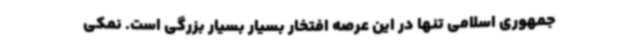
جمهوری اسلامی تنها در این عرصه افتخار بسیار بسیار بزرگی است. نمکی